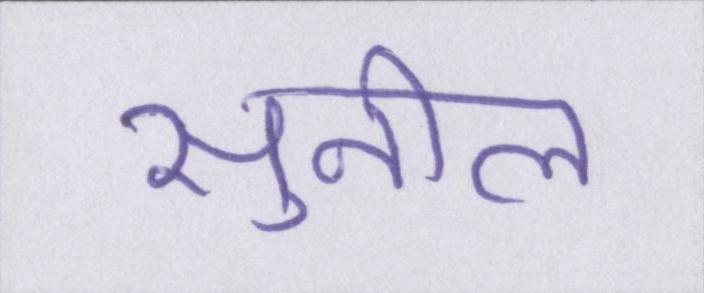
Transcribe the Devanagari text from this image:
सुनील